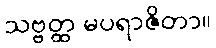
သဗ္ဗတ္ထ မပရာဇိတာ။